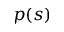
p ( s )